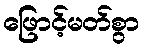
ဖြောင့်မတ်စွာ